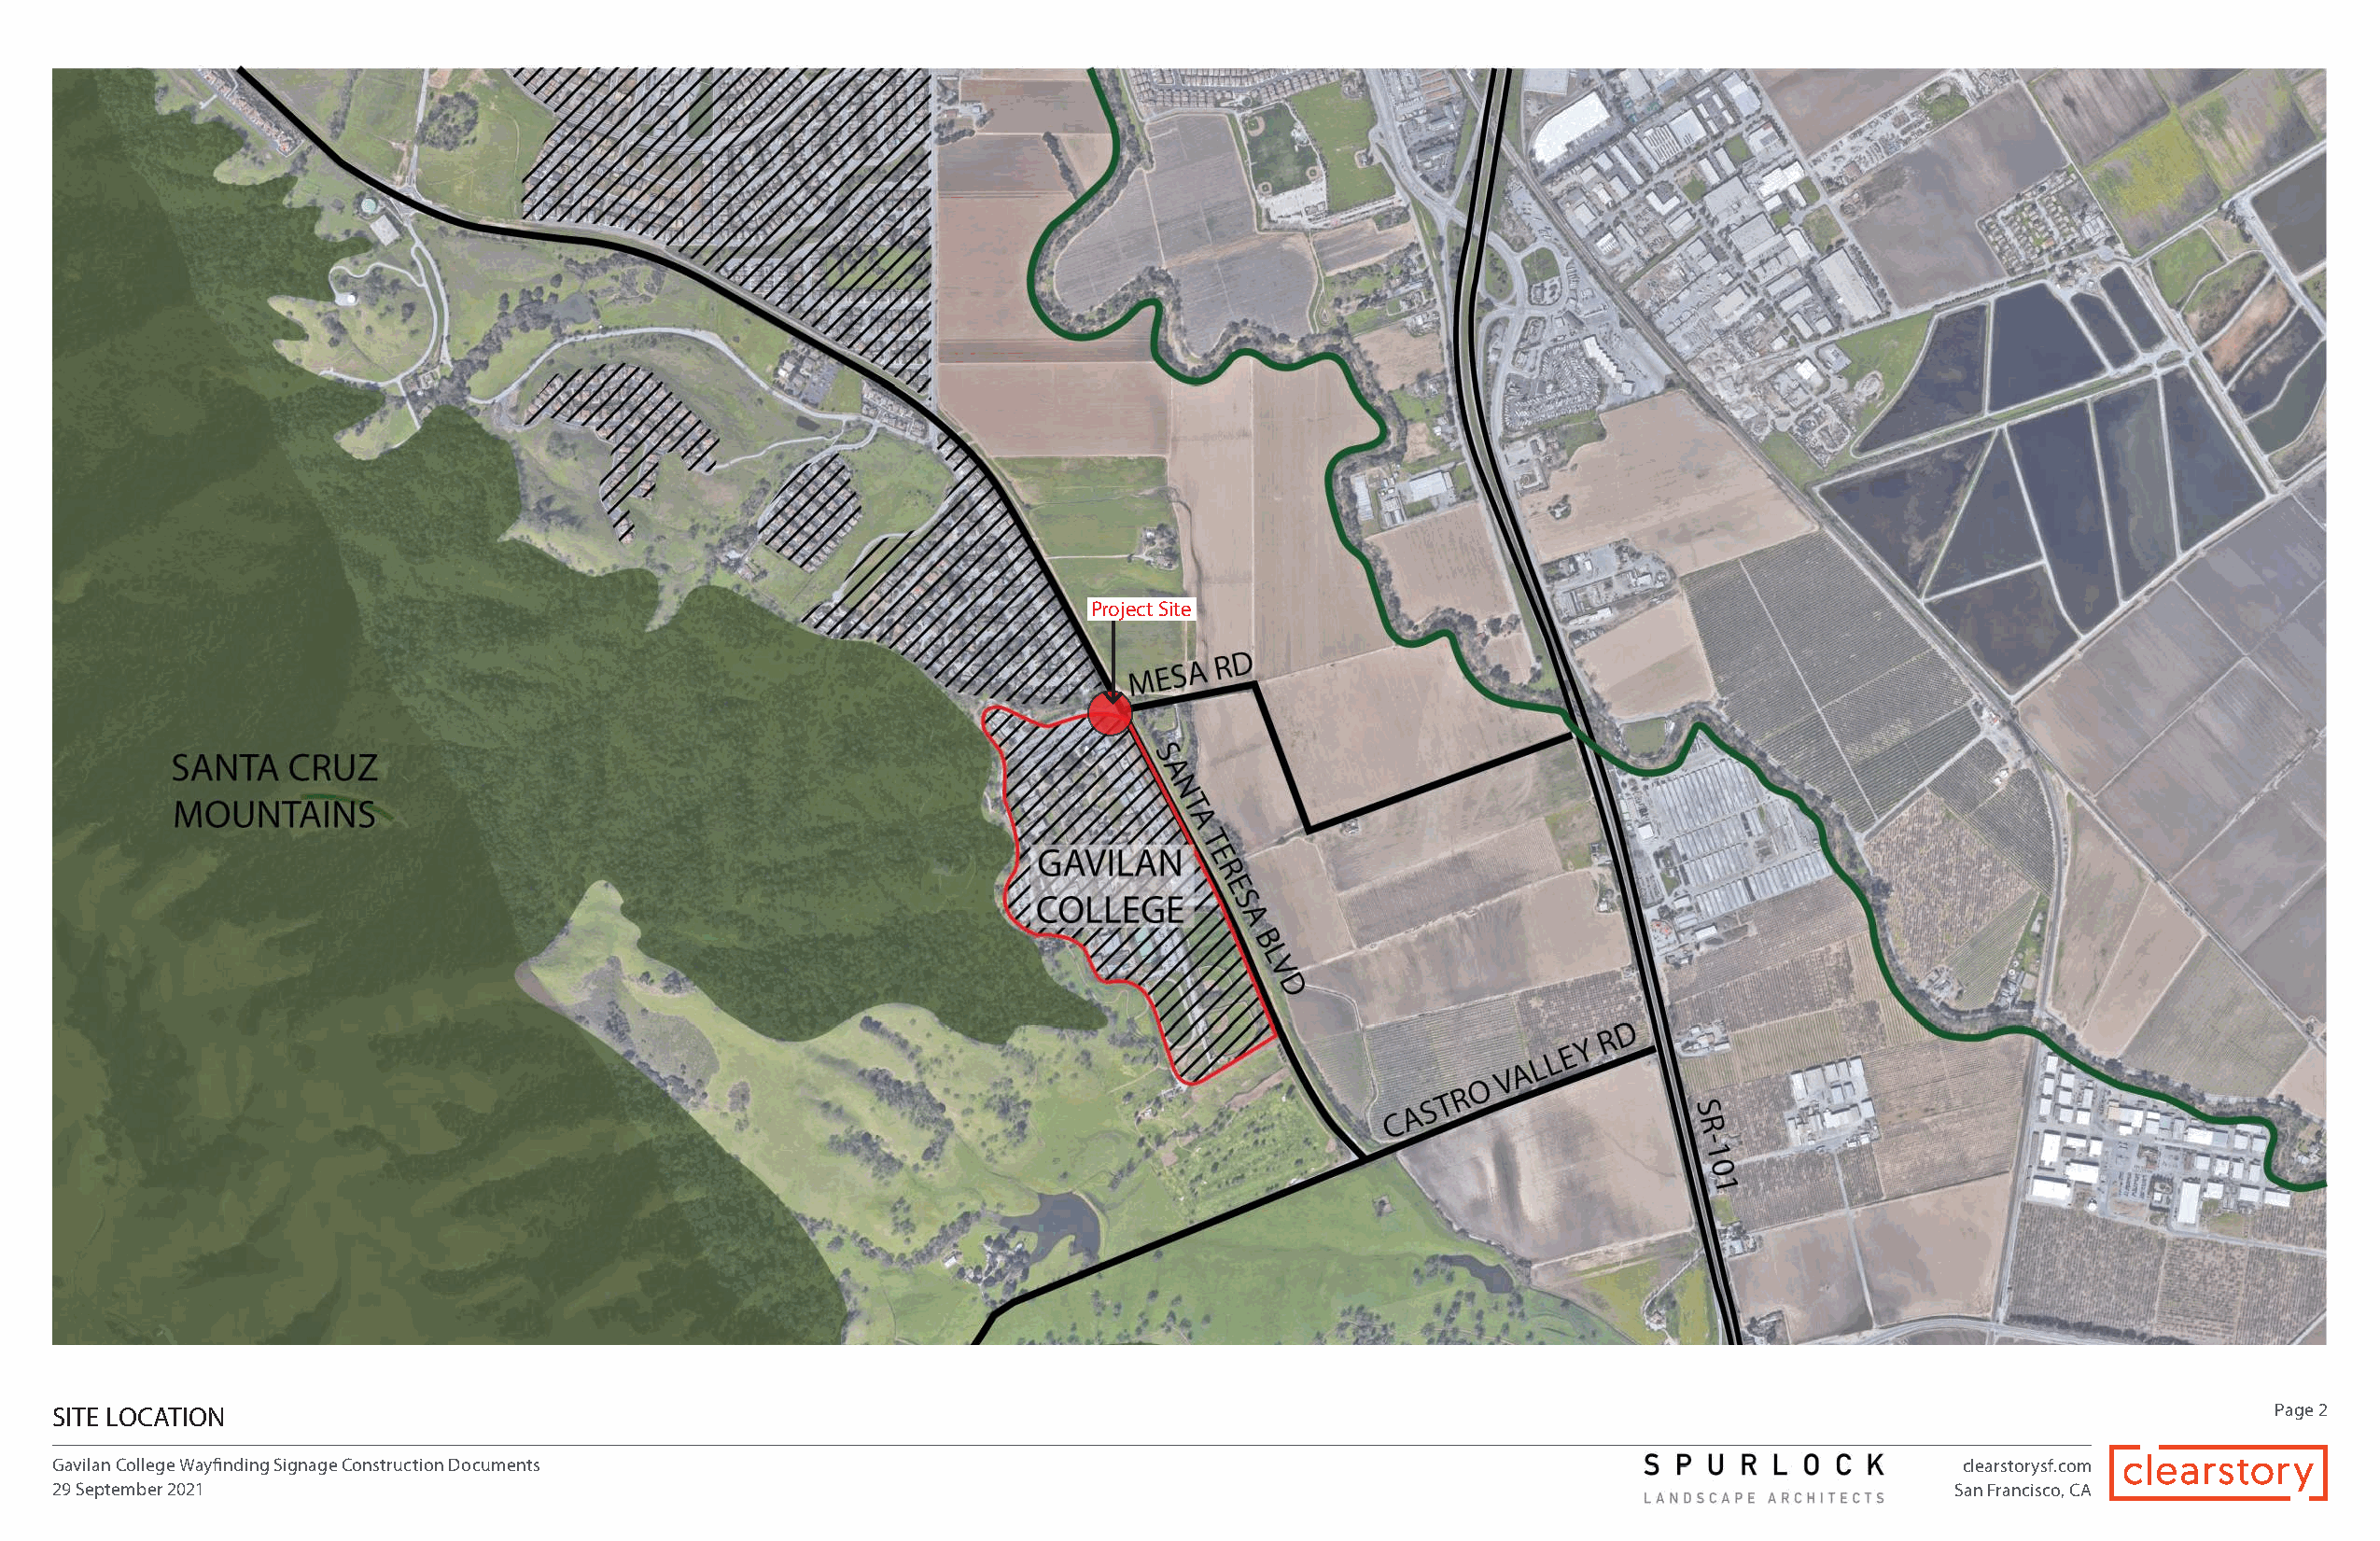
Project Site
 SITE LOCATION                                                                                                                                                Page 2
 Gavilan College Wayfinding Signage Construction Documents                                                                              clearstorysf.com
 29 September 2021                                                                                                                      San Francisco, CA